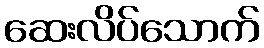
ဆေးလိပ်သောက်